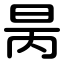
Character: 昺